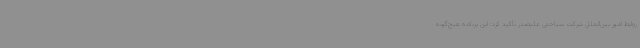
روابط امور بین‌الملل شرکت سیاحتی علیصدر تأکید کرد: این برنامه هیچ‌گونه